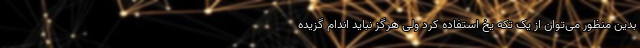
بدین منظور می‌توان از یک تکه یخ استفاده کرد ولی هرگز نباید اندام گزیده